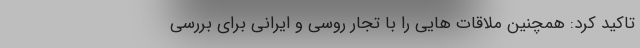
تاکید کرد: همچنین ملاقات هایی را با تجار روسی و ایرانی برای بررسی